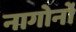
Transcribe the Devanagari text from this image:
नागोर्नो